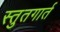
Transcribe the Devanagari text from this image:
स्तुतगार्त